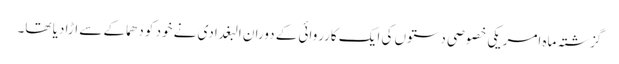
گزشتہ ماہ امریکی خصوصی دستوں کی ایک کارروائی کے دوران البغدادی نے خود کو دھماکے سے اڑا دیا تھا۔